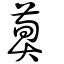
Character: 𦳣